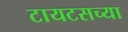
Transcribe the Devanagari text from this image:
टायटसच्या